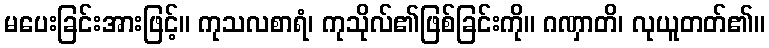
မပေးခြင်းအားဖြင့်။ ကုသလစာရံ၊ ကုသိုလ်၏ဖြစ်ခြင်းကို။ ဂဏှာတိ၊ လုယူတတ်၏။